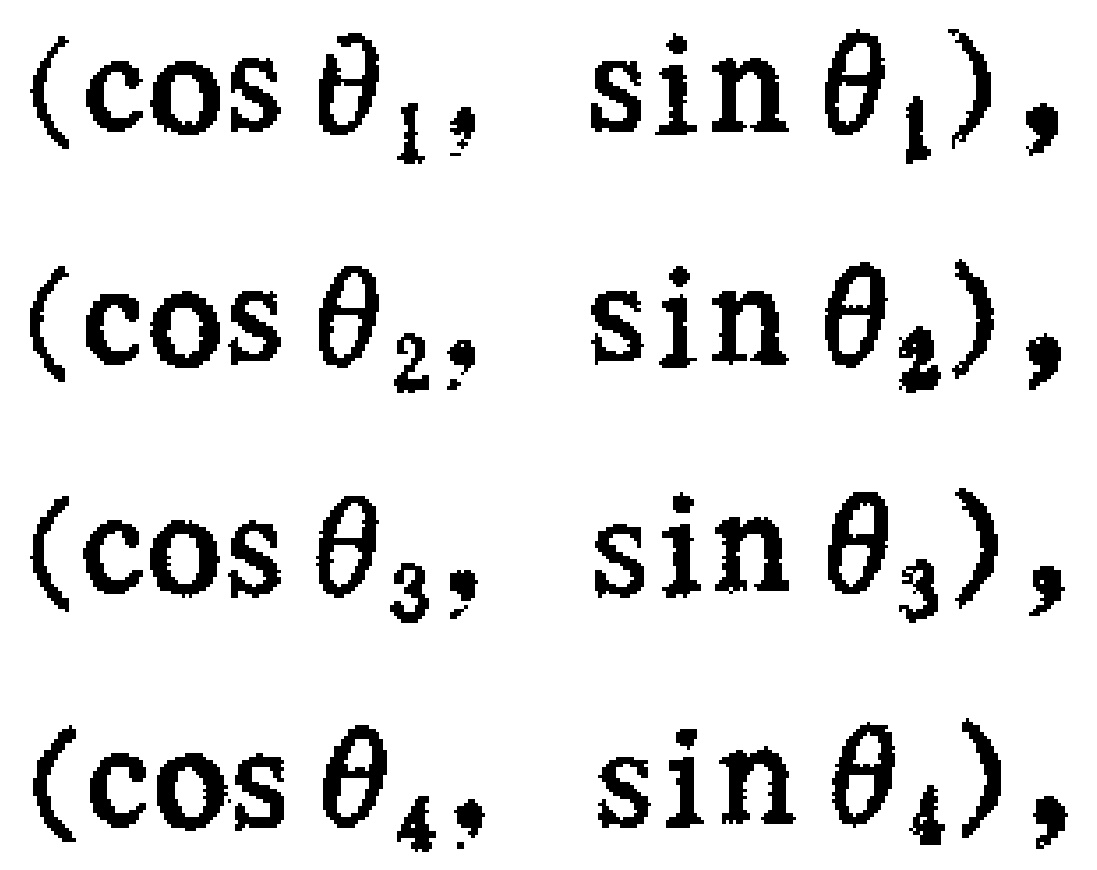
$(\cos \theta_{1}, \sin \theta_{1}), \\ (\cos \theta_{2}, \sin \theta_{2}), \\ (\cos \theta_{3}, \sin \theta_{3}), \\ (\cos \theta_{4}, \sin \theta_{4}),$